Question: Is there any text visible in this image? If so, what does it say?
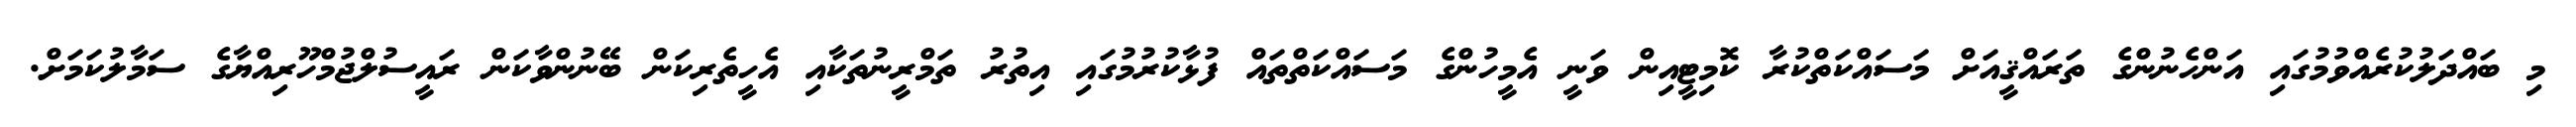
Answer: މި ބައްދަލުކުރެއްވުމުގައި އަންހެނުންގެ ތަރައްޤީއަށް މަސައްކަތްކުރާ ކޮމިޓީއިން ވަނީ އެމީހުންގެ މަސައްކަތްތައް ފުޅާކުރުމުގައި އިތުރު ތަމްރީނުތަކާއި އެހީތެރިކަން ބޭނުންވާކަން ރައީސުލްޖުމްހޫރިއްޔާގެ ސަމާލުކަމަށް.